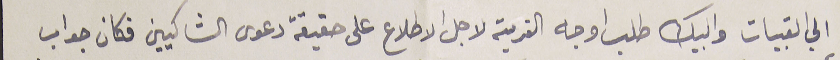
الى القبيات والبيك طلب اوجه القرية لاجل الاطلاع على حقيقة دعوى الشاكيين فكان جواب